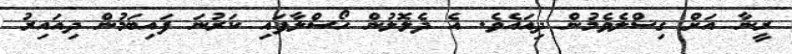
ރީނާ އަށް ގިސްލެވެމުން ދިއައެވެ. އެ ދެލޮލުން ހޯސްލާފައި ކަރުނަ ފައިބަމުން ދިއައިރު